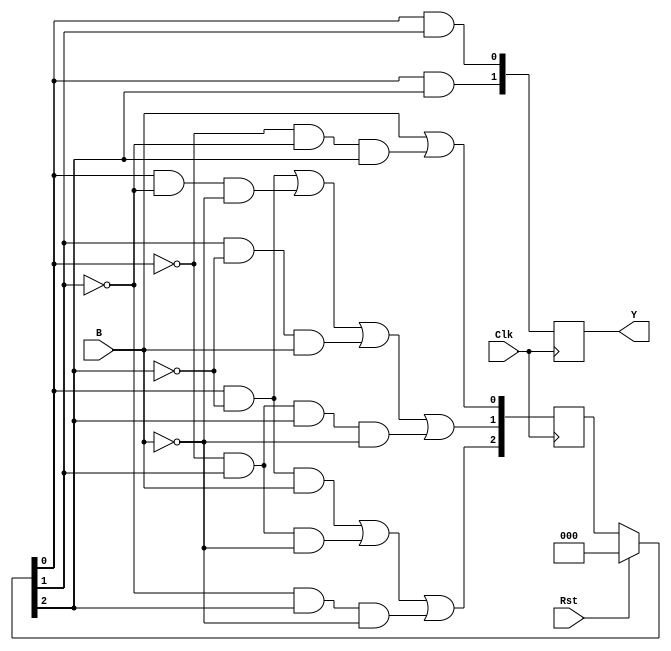
module Barcode(B, Y, Clk, Rst);
	input Clk, Rst, B;
	output reg [1:0] Y;
	
	reg [2:0] S; 
	reg [2:0] N;
		
	always @(posedge Clk) begin
		if(Rst == 1)
			S = 3'b000;
		else
			S = N;
		Y[0] = S[0] & S[1];
		Y[1] = S[0] & S[2];
		N[0] = B | (~S[0] & ~S[1] & S[2]);
		N[1] = (S[0] & ~S[2]) | (S[0] & ~S[1] & ~B) | (S[1] & ~S[2] & B) | (~S[0] & S[1] & S[2] & ~B);
		N[2] = (S[0] & ~S[2] & B) | (~S[0] & S[1] & ~B) | (~S[1] & S[2] & ~B);
	end


endmodule

/*
`timescale 1ns / 1ns

module barcode(output reg [1:0] output_y, input input_b, input reset, input clock);

reg [2:0] state;


initial begin
	//output_y <= output_dash;
	state <= state_idle;
end


parameter output_dash = 2'b00, output_zero = 2'b01, output_one = 2'b10, output_end = 2'b11;
parameter state_idle=3'b000, state_b=3'b001, state_bw=3'b010, state_bwb=3'b011, state_bww=3'b100, state_bwww=3'b101, state_invalid=3'b110, state_exit=3'b111;

// Sync reset
always @(posedge clock) begin
	if (reset) begin
		state <= state_idle;
		output_y <= output_dash;
	end 
	
	else begin
		case (state)
			state_idle: begin
							state <= input_b ? state_b : state_idle;
							output_y <= output_dash;
						end
						
			state_b:  	begin 
							state <= input_b ? state_exit : state_bw;
							output_y <= output_dash;
						end
						
			state_bw:  	begin 
							state <= input_b ? state_bwb : state_bww;
							output_y <= output_dash;
						end
						
			state_bwb:  begin 
							state <= input_b ? state_exit : state_bw;
							output_y <= output_zero;
						end
						
			state_bww:  begin 
							state <= input_b ? state_b : state_bwww;
							output_y <= output_dash;
						end
						
			state_bwww: begin 
							state <= input_b ? state_b : state_invalid;
							output_y <= output_one;
						end
						
			state_invalid:  begin 
								state <= input_b ? state_b : state_invalid;
								output_y <= output_dash;
							end
							
			state_exit:	begin 
							state <= input_b ? state_b : state_idle;
							output_y <= output_end;
						end
		endcase		
	end
end

endmodule

*/